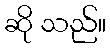
ဆို သည်။